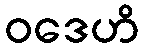
ဝဒေဟိ